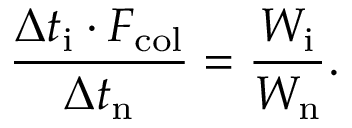
\frac { \Delta t _ { \mathrm { i } } \cdot F _ { \mathrm { c o l } } } { \Delta t _ { \mathrm { n } } } = \frac { W _ { \mathrm { i } } } { W _ { \mathrm { n } } } .